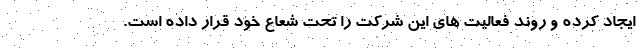
ایجاد کرده و روند فعالیت های این شرکت را تحت شعاع خود قرار داده است.